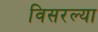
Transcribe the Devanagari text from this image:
विसरल्या